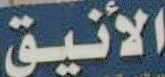
الأنيق